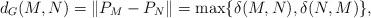
LaTeX: \begin{align*}d_G(M,N)=\|P_M-P_N\|=\max\{\delta(M,N),\delta(N,M)\},\end{align*}